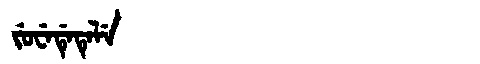
Manchu: ᠵᡠᠸᡝᡩᡝᡨᡝᠯᡝ
Romanization: JUWEDETELE